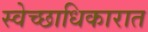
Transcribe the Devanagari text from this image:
स्वेच्छाधिकारात